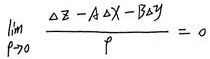
\[ \lim_{\rho \to 0} \frac{\Delta Z - A \Delta X - B \Delta y}{\rho} = 0 \]